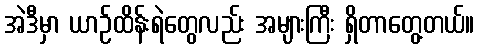
အဲဒီမှာ ယာဉ်ထိန်းရဲတွေလည်း အများကြီး ရှိတာတွေ့တယ်။